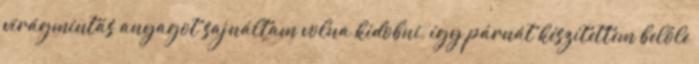
virágmintás anyagot sajnáltam volna kidobni, így párnát készítettem belőle